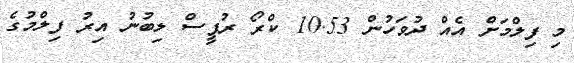
މި ފިލްމަށް އެެއް ދުވަހުން 10.53 ކްރޯ ރުޕީސް ލިބުނު އިރު ފިލްމުގެ